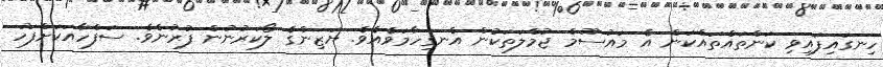
ހިނގައިފައިވި ކަންތައްތައްކަން އެ މައުސޫމް ޖުމްލަތަކުން އެނގިހާމަވެއެވެ. ޔަޒިންގެ ލޯކަރުނުން ފުރުނެވެ. ސަފްހާއަކަށްފަހު